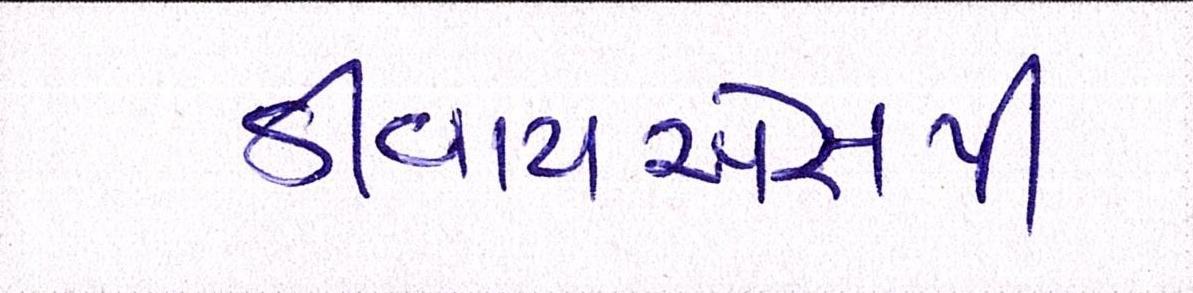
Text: ડીવાયએસપી